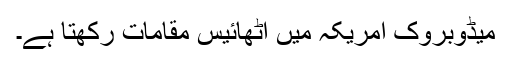
میڈوبروک امریکہ میں اٹھائیس مقامات رکھتا ہے۔